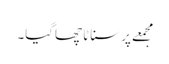
مجمعے پر سناٹا چھاگیا۔